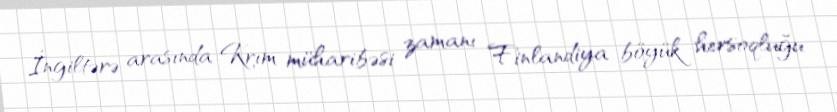
İngiltərə arasında Krım müharibəsi zamanı Finlandiya böyük hersoqluğu